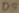
Text: D5